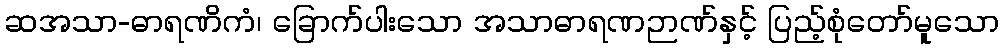
ဆအသာ-ဓာရဏိကံ၊ ခြောက်ပါးသော အသာဓာရဏဉာဏ်နှင့် ပြည့်စုံတော်မူသော